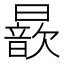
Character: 𣋚